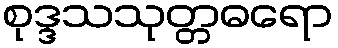
စုဒ္ဒသသုတ္တဓရော